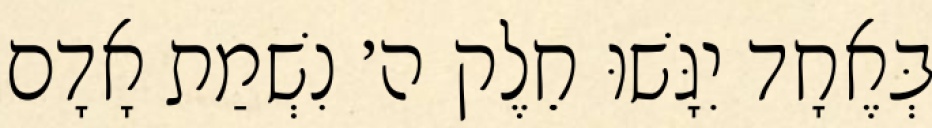
בְּאֶחָד יִגָּשׁוּ חֵלֶק ה׳ נִשְׁמַת אָדָם